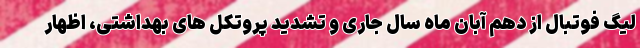
لیگ فوتبال از دهم آبان ماه سال جاری و تشدید پروتکل های بهداشتی، اظهار